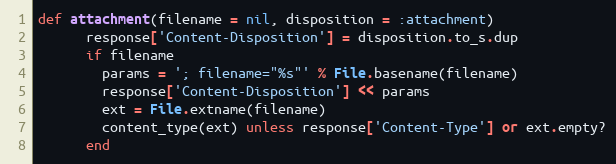
Language: Ruby
def attachment(filename = nil, disposition = :attachment)
      response['Content-Disposition'] = disposition.to_s.dup
      if filename
        params = '; filename="%s"' % File.basename(filename)
        response['Content-Disposition'] << params
        ext = File.extname(filename)
        content_type(ext) unless response['Content-Type'] or ext.empty?
      end